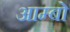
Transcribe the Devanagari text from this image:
आम्बो